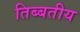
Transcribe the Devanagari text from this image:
तिब्बतीय